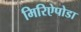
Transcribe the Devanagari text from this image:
मिरिऐपोडा